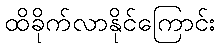
ထိခိုက်လာနိုင်ကြောင်း